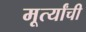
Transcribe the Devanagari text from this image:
मूर्त्यांची